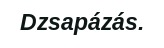
Dzsapázás.